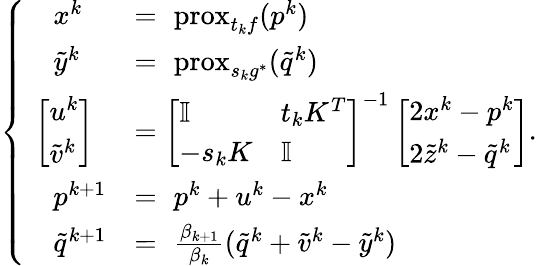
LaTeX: \left\{ \begin{array}{ll}{\quad x^{k}}&{=\, \, \mathrm{prox}_{t_{k}f}(p^{k})}\\ {\quad\tilde{y}^{k}}&{=\, \, \mathrm{prox}_{s_{k}g^{*}}(\tilde{q}^{k})}\\ {\, \, \left[\begin{array}{l}{u^{k}}\\ {\tilde{v}^{k}}\end{array}\right]}&{=\left[\begin{array}{ll}{\mathbb I}&{t_{k}K^{T}}\\ {-s_{k}K}&{\mathbb I}\end{array}\right]^{-1}\left[\begin{array}{l}{2x^{k}-p^{k}}\\ {2\tilde{z}^{k}-\tilde{q}^{k}}\end{array}\right]}\\ {\quad p^{k+1}}&{=\, \, p^{k}+u^{k}-x^{k}}\\ {\quad\tilde{q}^{k+1}}&{=\, \, \frac{\beta_{k+1}}{\beta_{k}}(\tilde{q}^{k}+\tilde{v}^{k}-\tilde{y}^{k})}\end{array}\right..